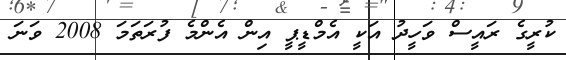
ކުރީގެ ރައީސް ވަހީދު އަކީ އެމްޑީޕީ އިން އެންމެ ފުރަތަމަ 2008 ވަނަ